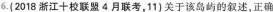
6.(2018浙江十校联盟4月联考，11)关于该岛屿的叙述，正确